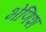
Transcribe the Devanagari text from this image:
भेणिश